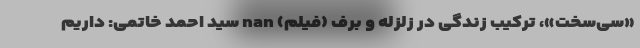
«سی‌سخت»، ترکیب زندگی در زلزله و برف (فیلم) nan سید احمد خاتمی: داریم